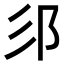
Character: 𮟫